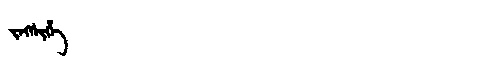
Manchu: ᠵᡝᡴᠰᡳᡥᡝ
Romanization: JEKSIHE